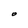
Character: O